Report of the veterinary officer investigating camel disease
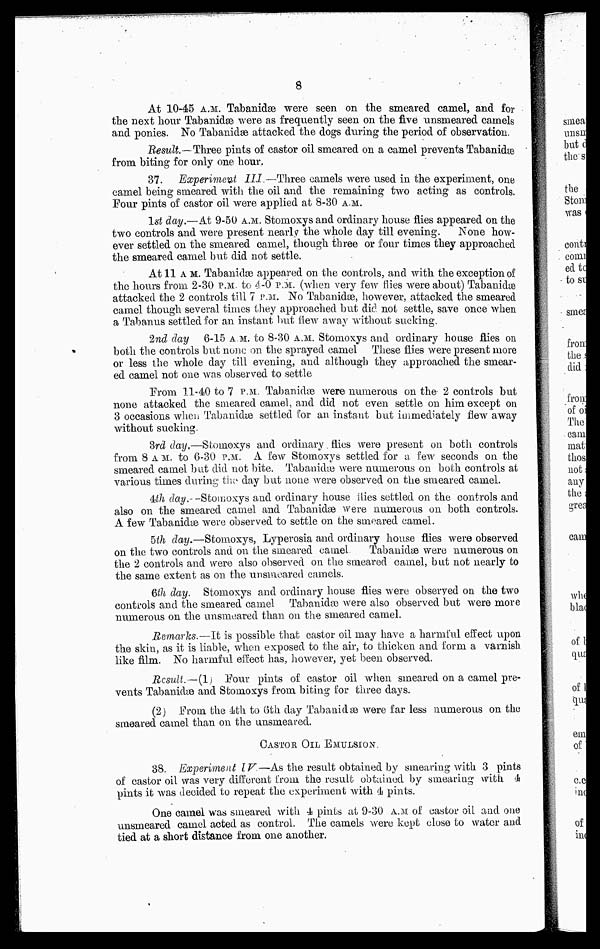
8
At 10-45 A.M.. Tabanidæ were seen on the smeared camel, and for
the next hour Tabanidæ were as frequently seen on the five unsmeared camels
and ponies. No Tabanidæ attacked the dogs during the period of observation.
Result.—Three pints of castor oil smeared on a camel prevents Tabanida3
from biting for only one hour,
37. Experiment III.—Three camels were used in the experiment, one
camel being smeared with the oil and the remaining two acting as controls.
Four pints of castor oil were applied at 8-30 A.M..
1st day.—At 9-50 A.M.. Stomoxys and ordinary house flies appeared on the
two controls and were present nearly the whole clay till evening.
None how-
ever settled on the smeared camel, though three or four times they approached
the smeared camel but did not settle.
At 11 A M. Tabanidæ appeared on the controls, and with the exception of
the hours from 2-30 P.M. to 4-0 P.M. (when very few flies were about) Tabanidæ
attacked the 2 controls till 7 P.M. No Tabanidæ, however, attacked the smeared
camel though several times they approached but did not settle, save once when
a Tabanus settled for an instant but Hew away without sucking.
2nd day 6-15 A.M.. to 8-30 A.M.. Stomoxys and ordinary house flies on
both the controls but none on the sprayed camel These flies were present more
or less the whole day till evening, and although they approached the smear-
ed camel not one was observed to settle
From 11.40 to 7 P.M. Tabanidæ were numerous on the 2 controls but
none attacked the smeared camel, and did not even settle on him except on
3 occasions when Tabanidæ settled for an instant but immediately flew away
without sucking.
3rd day,—Stomoxys and ordinary. flies were present on both controls
from 8 A M. to 6-30 P.M. A few Stomoxys settled for a, few seconds on the
smeared camel but did not bite. Tabanidæ were numerous on both controls at
various times during the clay but none were observed on the smeared camel.
4th day.—Stomoxys and ordinary house flies settled on the controls and
also on the smeared camel and Tabanidæ were numerous on both controls.
A few Tabanidæ were observed to settle on the smeared camel.
5th day.—Stomoxys, Lyperosia and ordinary house flies were observed
on the two controls and on the smeared camel. Tabanidæ were numerous on
the 2 controls and were also observed on the smeared camel, but not nearly to
the same extent as on the unsmeared camels.
6th day. Stomoxys and ordinary house flies were observed on the two
controls and the smeared camel Tabanidæ were also observed but were more
numerous on the unsmeared than on the smeared camel.
Remarks.—It is possible that castor oil may have a harmful effect upon
the skin, as it is liable, when exposed to the air, to thicken and form a varnish
like film. No harmful effect has, however, yet been observed.
Result.—(1) Pour pints of castor oil when smeared on a camel pre-
vents Tabanidæ and Stomoxys from biting for three days.
(2) From, the 4th to 6th day Tabanidæ were far less numerous on the
smeared camel than on the unsmeared.
CASTOR OIL EMULSION.
38. Experiment IV—As the result obtained by smearing with 3 pints
of castor oil was very different from the result obtained by smearing with 4
pints it was decided to repeat the experiment with 4 pints.
One camel was smeared with 4 pints at 9-30 A.M.. of castor oil and one
unsmeared camel acted as control. The camels were kept close to water and
tied at a short distance from one another.